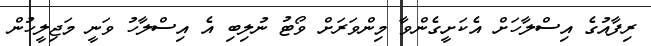
ރިފާއުގެ އިސްލާހަށް އެކަށީގެންވާ މިންވަރަށް ވޯޓު ނުލިބި އެ އިސްލާހު ވަނީ މަޖިލީހުން